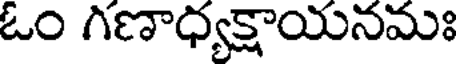
ఓం గణాధ్యక్షాయనమః